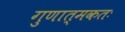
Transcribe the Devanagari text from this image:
गुणात्मकतः